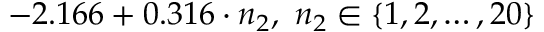
- 2 . 1 6 6 + 0 . 3 1 6 \cdot n _ { 2 } , \ n _ { 2 } \in \left\{ 1 , 2 , \ldots , 2 0 \right\}